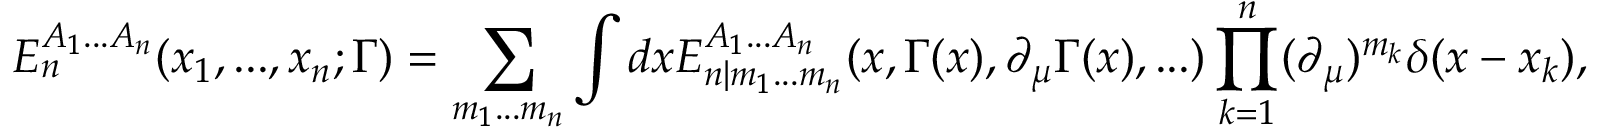
E _ { n } ^ { A _ { 1 } . . . A _ { n } } ( x _ { 1 } , . . . , x _ { n } ; \Gamma ) = \sum _ { m _ { 1 } . . . m _ { n } } \int d x E _ { n | m _ { 1 } . . . m _ { n } } ^ { A _ { 1 } . . . A _ { n } } ( x , \Gamma ( x ) , \partial _ { \mu } \Gamma ( x ) , . . . ) \prod _ { k = 1 } ^ { n } ( \partial _ { \mu } ) ^ { m _ { k } } \delta ( x - x _ { k } ) ,